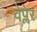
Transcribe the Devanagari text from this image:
वेप्लेर